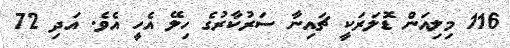
116 މިލިއަން ޑޮލަރަކީ ޗައިނާ ސަރުކާރުގެ ހިލޭ އެހީ އެވެ. އަދި 72